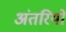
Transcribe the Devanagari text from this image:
अंतरियों